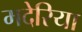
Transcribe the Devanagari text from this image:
मदेरिया